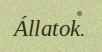
Állatok.